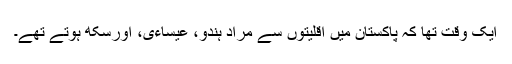
ایک وقت تھا کہ پاکستان میں اقلیتوں سے مراد ہندو، عیساءی، اورسکھ ہوتے تھے۔